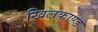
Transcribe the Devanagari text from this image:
खिलकाण्ड